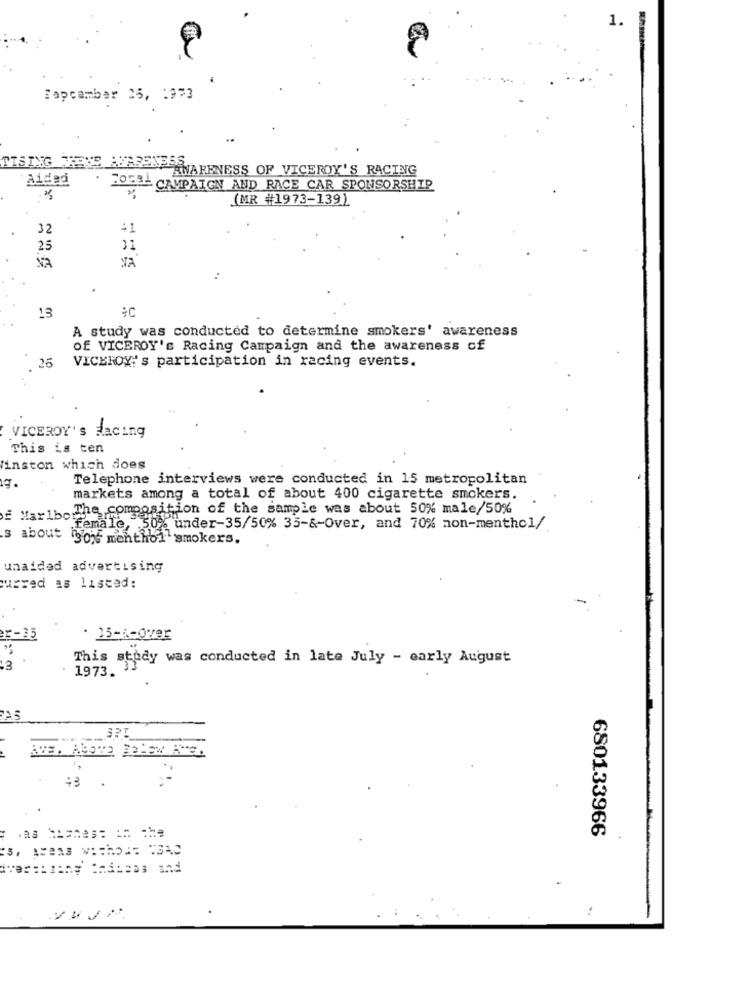
1.
Tapcamber 25, : 373
TISING TEVE AUTRENESS,
AWARENESS OF VICEROY'S RACING
Aided
. 2055- CAMPAIGN AND RACE CAR SPONSORSHIP
(MR #1973-139)
32
41
25
31
VA
.
13
A study was conducted to determine smokers' awareness
Of VICEROY's Racing Campaign and the awareness of
25
VICEROY''s participation in racing events.
VICEROY's dacing
This is ten
Vinston which does
Telephone interviews were conducted in 15 metropolitan
markets among a total of about 400 cigarette smokers.
The composition of the sample was about 50% male/50%
Maribo Female, 50% under-35/50% 35-&-Over, and 70% non-menthol/
about gos menthol smokers.
unaided advertising
uurred as listed:
F-35
. 25-1-0782
This study was conducted in late July - early August
13
1973.
AS
+3
680133966
.as Shanes: in the